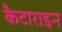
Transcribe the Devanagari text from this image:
कैटाराइन